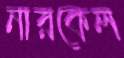
নারকেল